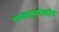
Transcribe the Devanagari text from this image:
नाटकांतूनदेखील